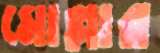
মোল্লার